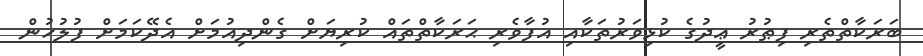
ބަރަކާތްތެރި ފިޠުރު ޢީދުގެ ކުޅިވަރުތަކާއި އުފާވެރި ޙަރަކާތްތައް ކުރިޔަށް ގެންދިއުމަށް އެދޭކަމަށް ފުލުހުން